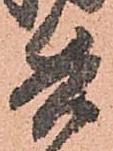
兵